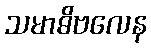
သမာဓိဗလေန